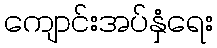
ကျောင်းအပ်နှံရေး